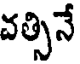
వత్సినే